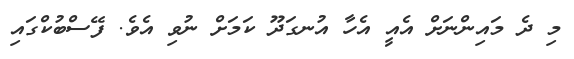
މި ދެ މައިންނަށް އެއީ އެހާ އުނގަދޫ ކަމަށް ނުވި އެވެ. ފޭސްބުކްގައި